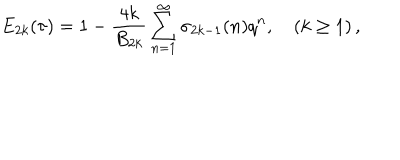
E _ { 2 k } ( \tau ) = 1 - \frac { 4 k } { B _ { 2 k } } \sum _ { n = 1 } ^ { \infty } \sigma _ { 2 k - 1 } ( n ) q ^ { n } , \quad ( k \ge 1 ) \, ,